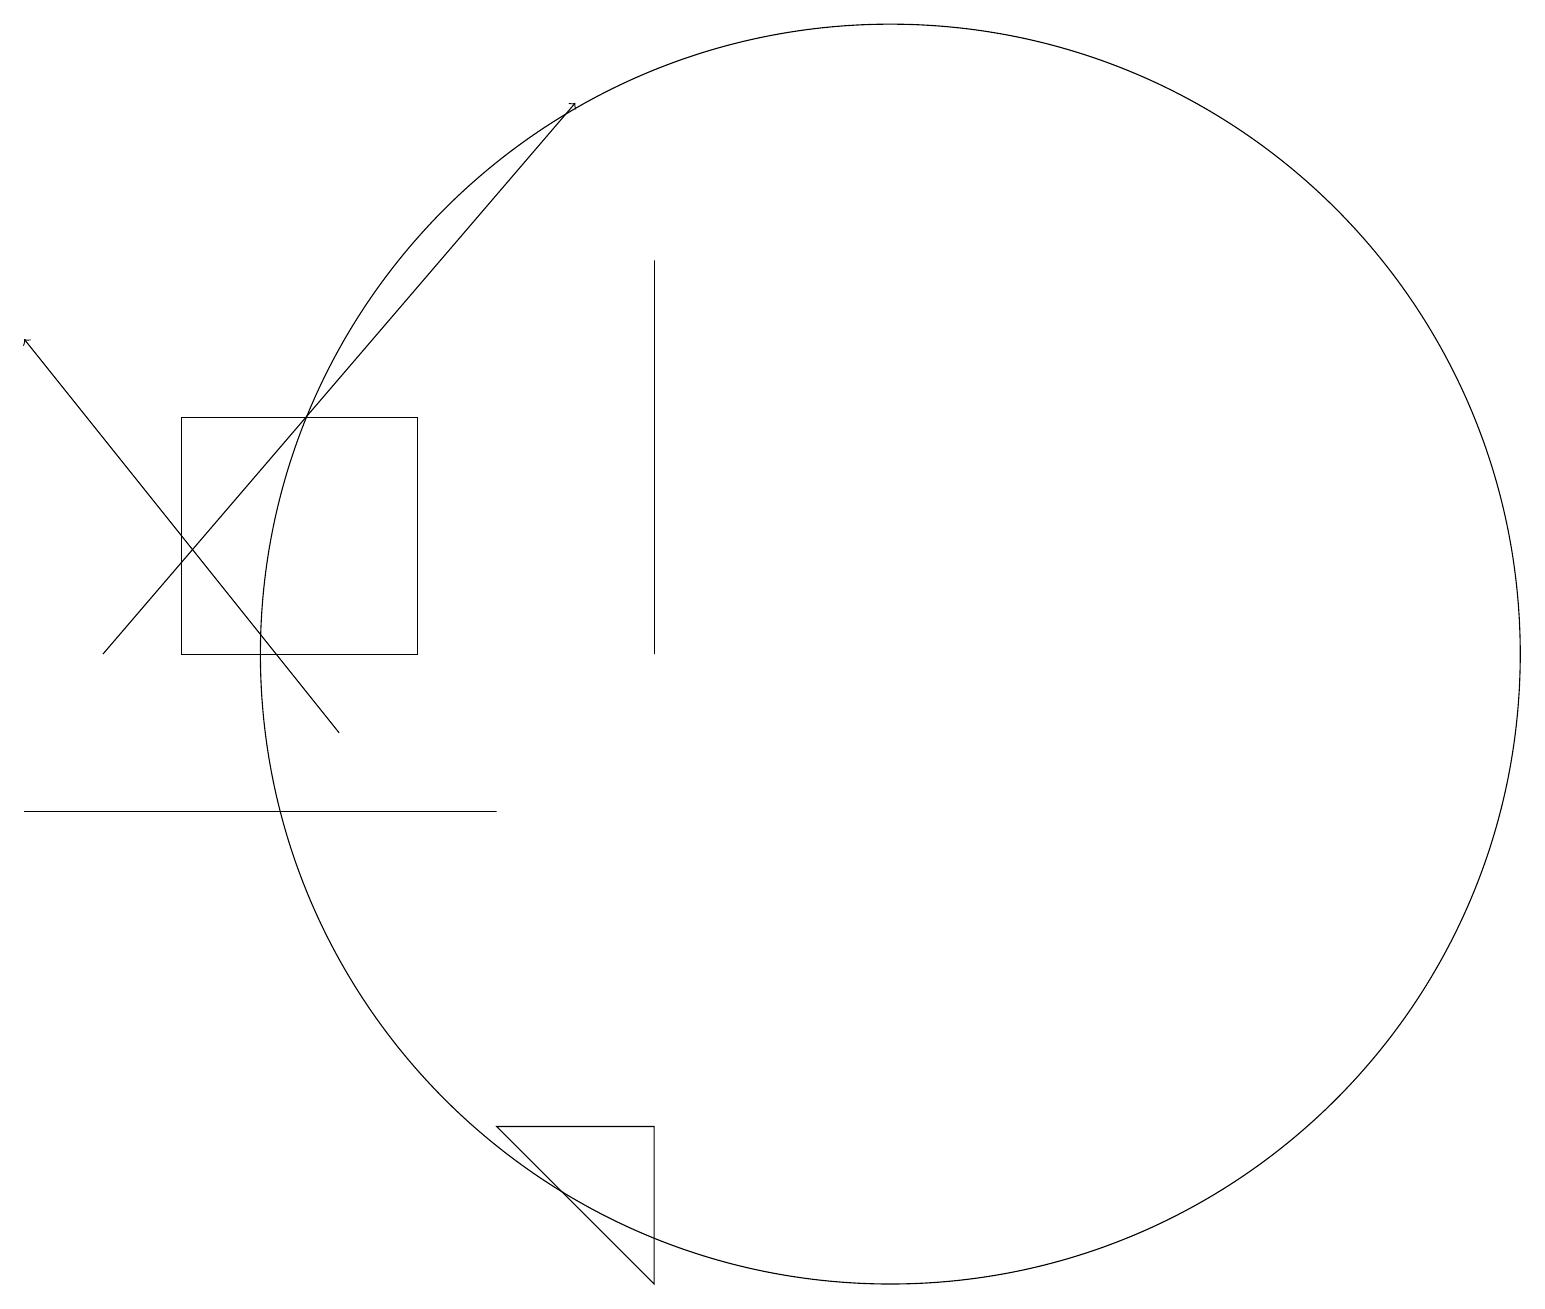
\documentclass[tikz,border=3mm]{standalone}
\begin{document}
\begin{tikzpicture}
\draw[->] (5,10) -- (1,15);
\draw[->] (2,11) -- (8,18);
\draw (6,11) rectangle (3,14);
\draw (12,11) circle (8);
\draw (7,9) -- (1,9) -- (3,9) -- cycle;
\draw (9,16) rectangle (9,11);
\draw (9,3) -- (9,5) -- (7,5) -- cycle;
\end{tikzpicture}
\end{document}